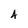
Character: 4